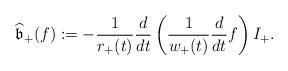
LaTeX: \begin{align*} \widehat{\mathfrak{b}}_+(f):=- \frac{1}{r_{+}(t)} \frac{d}{dt}\left( \frac{1}{w_{+}(t)} \frac{d}{dt} f \right) I_+.\end{align*}